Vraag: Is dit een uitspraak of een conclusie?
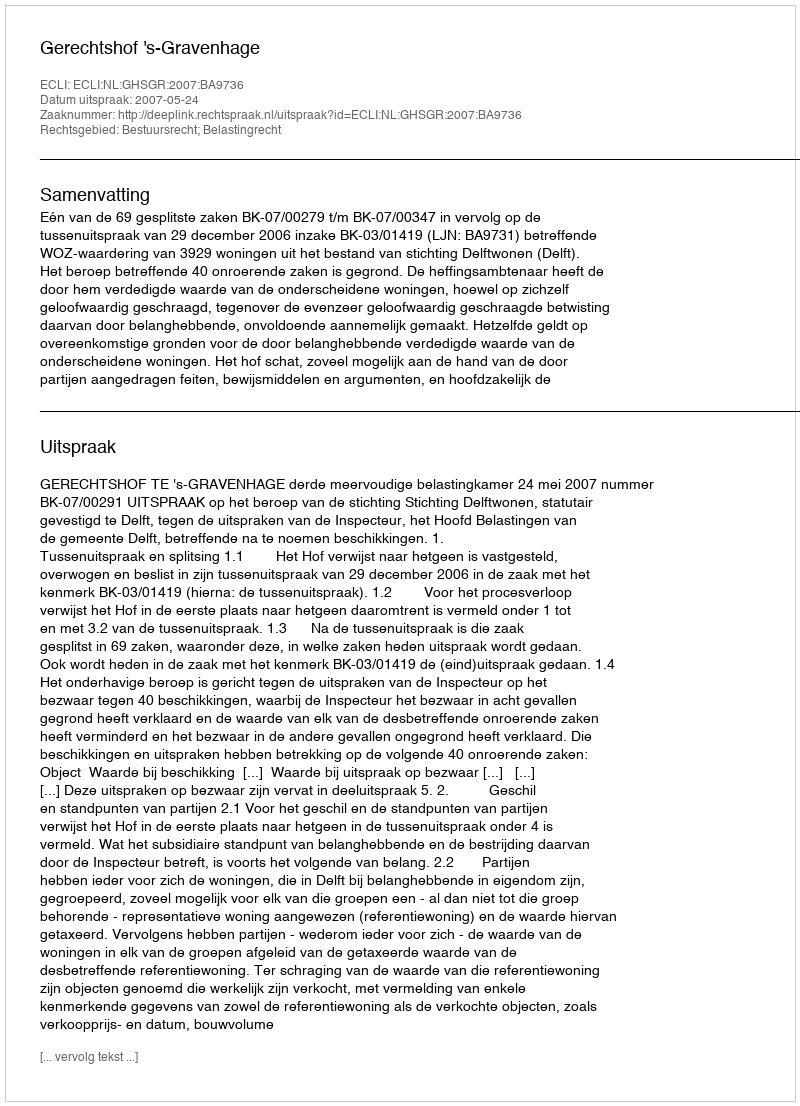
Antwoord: Uitspraak